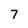
Character: 7